Annual report of lunatic asylums [Bombay] - 1912-1922
Year: 1912
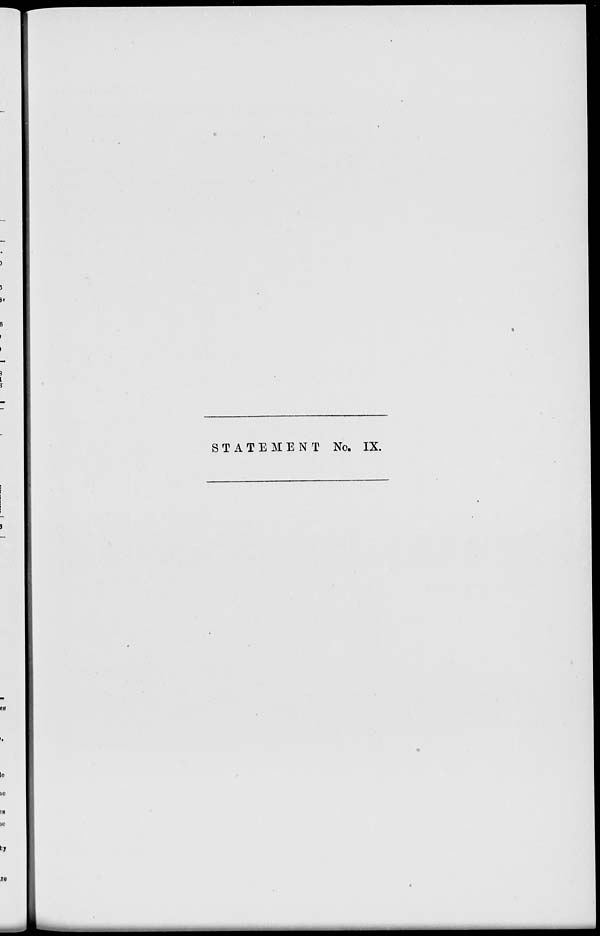
STATEMENT No. IX.